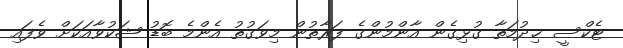
ޓެކްސީ ޚިދުމަތާ ގުޅިގެން އާންމުންގެ ފަރާތުން މިވަގުތު އެންމެ ބޮޑު ޝަކުވާއަކަށް ވެފައި